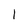
Character: I